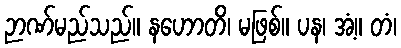
ဉာဏ်မည်သည်။ နဟောတိ၊ မဖြစ်။ ပန၊ အံ့။ တံ၊